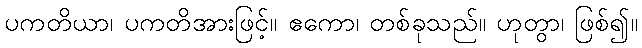
ပကတိယာ၊ ပကတိအားဖြင့်။ ဧကော၊ တစ်ခုသည်။ ဟုတွာ၊ ဖြစ်၍။